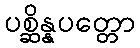
ပစ္ဆိန္နပတ္တော